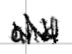
Text: and
Cross-out: zig-zag
Writing tool: digital_black